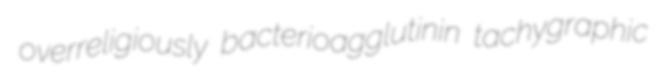
overreligiously bacterioagglutinin tachygraphic